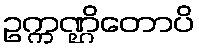
ဥက္ကဏ္ဌိတောပိ